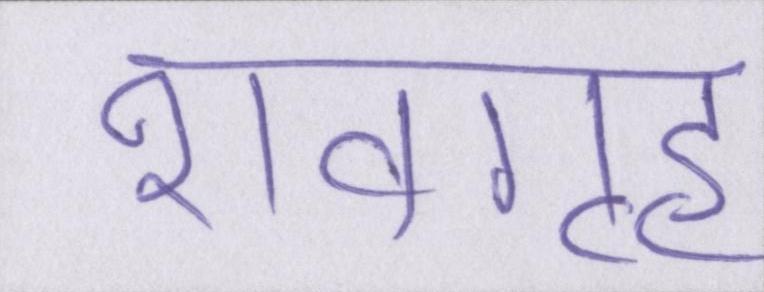
शवगृह